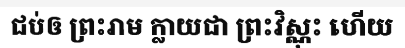
ជប់ឲ ព្រះរាម ក្លាយជា ព្រះវិស្ណុះ ហើយ